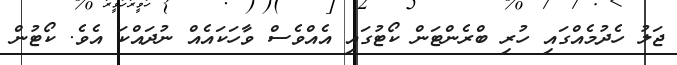
ޖަލު ހެދުމެއްގައި ހުރި ބްރެންޓަން ކޯޓުގައި އެއްވެސް ވާހަކައެއް ނުދައްކަ އެވެ. ކޯޓުން